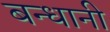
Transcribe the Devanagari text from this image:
बन्धानी